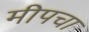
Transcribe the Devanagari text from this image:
मीपचा